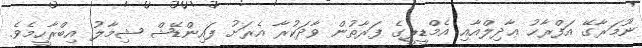
ނޫމަރާގޭ އަފްރާޙު ޢާދިލްއާއި އެމްޑީޕީގެ ފަރާތުން ވާދަކުރާ އެރަށު ފައިންޑޭޝް ޝިމާލު އިބްރާހީމެވެ.